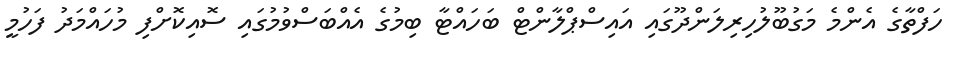
ހަފްތާގެ އެންމެ މަގުބޫލުހިރިލަންދޫގައި އައިސްޕްލާންޓް ބަހައްޓާ ބިމުގެ އެއްބަސްވުމުގައި ސޮއިކޮށްފި މުހައްމަދު ފަހުމީ